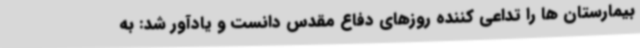
بیمارستان ها را تداعی کننده روزهای دفاع مقدس دانست و یادآور شد: به